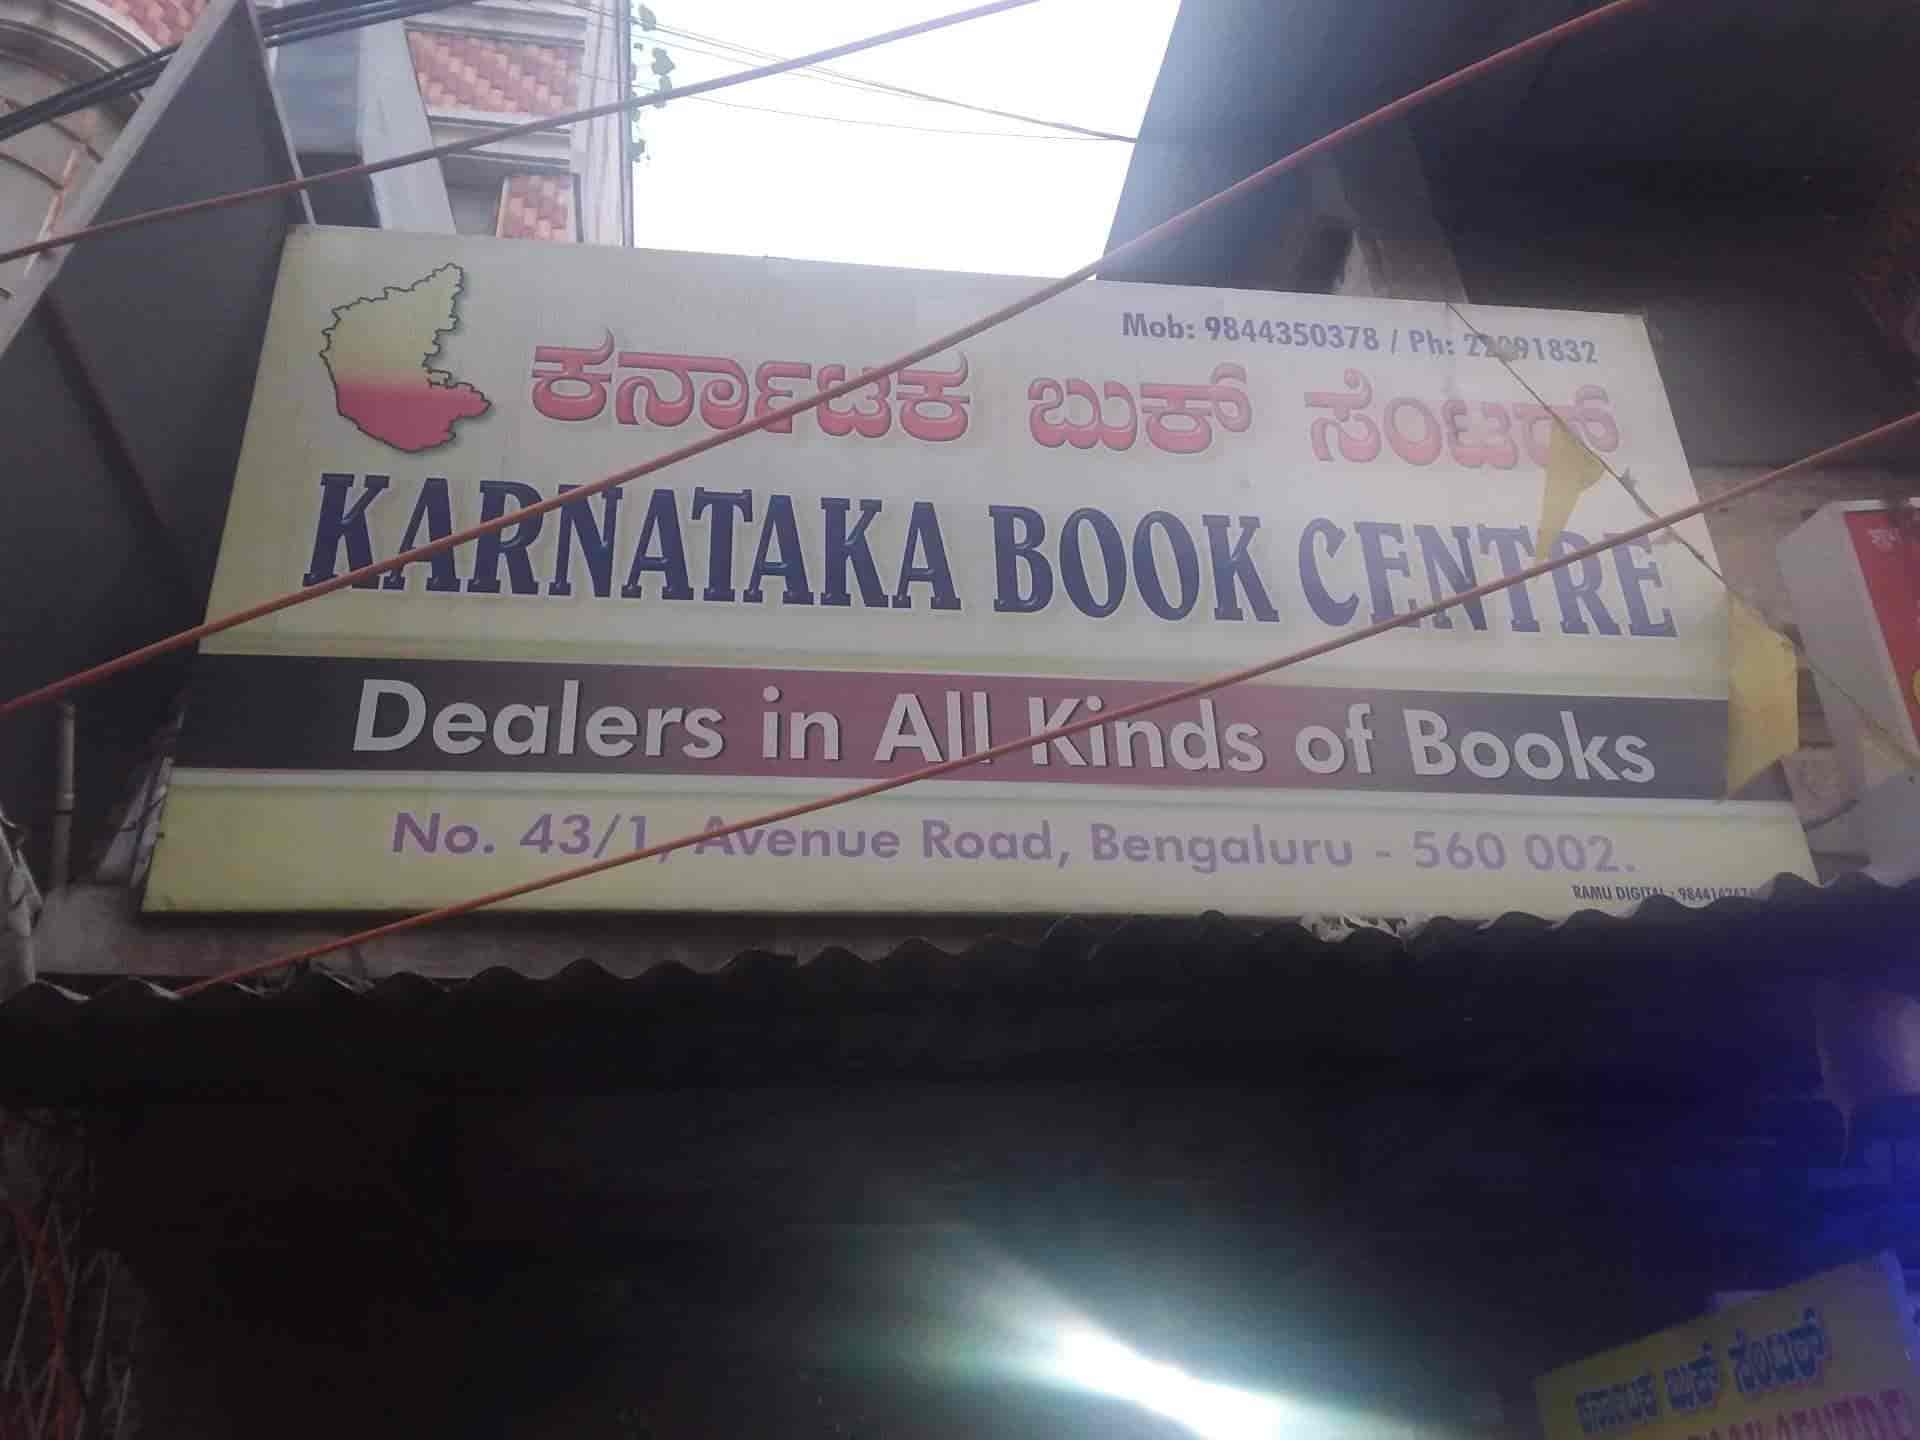
Language: kannada
Transcription: ಕರ್ನಾಟಕ ಬುಕ್ ಸೆಂಟರ್